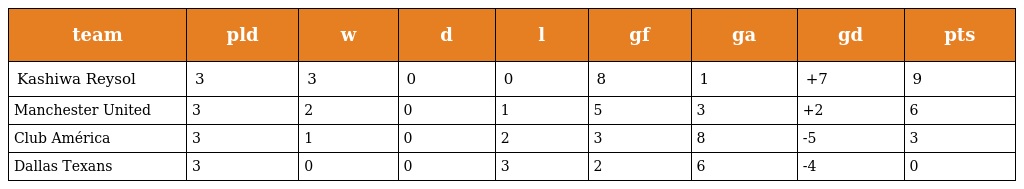
| team | pld | w | d | l | gf | ga | gd | pts |
 | --- | --- | --- | --- | --- | --- | --- | --- | --- |
 | Kashiwa Reysol | 3 | 3 | 0 | 0 | 8 | 1 | +7 | 9 |
 | Manchester United | 3 | 2 | 0 | 1 | 5 | 3 | +2 | 6 |
 | Club América | 3 | 1 | 0 | 2 | 3 | 8 | -5 | 3 |
 | Dallas Texans | 3 | 0 | 0 | 3 | 2 | 6 | -4 | 0 |